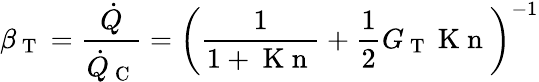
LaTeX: \beta_{\mathrm{~T~}}=\frac{\dot{Q}}{\dot{Q}_{\mathrm{~C~}}}=\bigg(\frac{1}{1+\mathrm{~K~n~}}+\frac{1}{2}G_{\mathrm{~T~}}\mathrm{~K~n~}\bigg)^{-1}